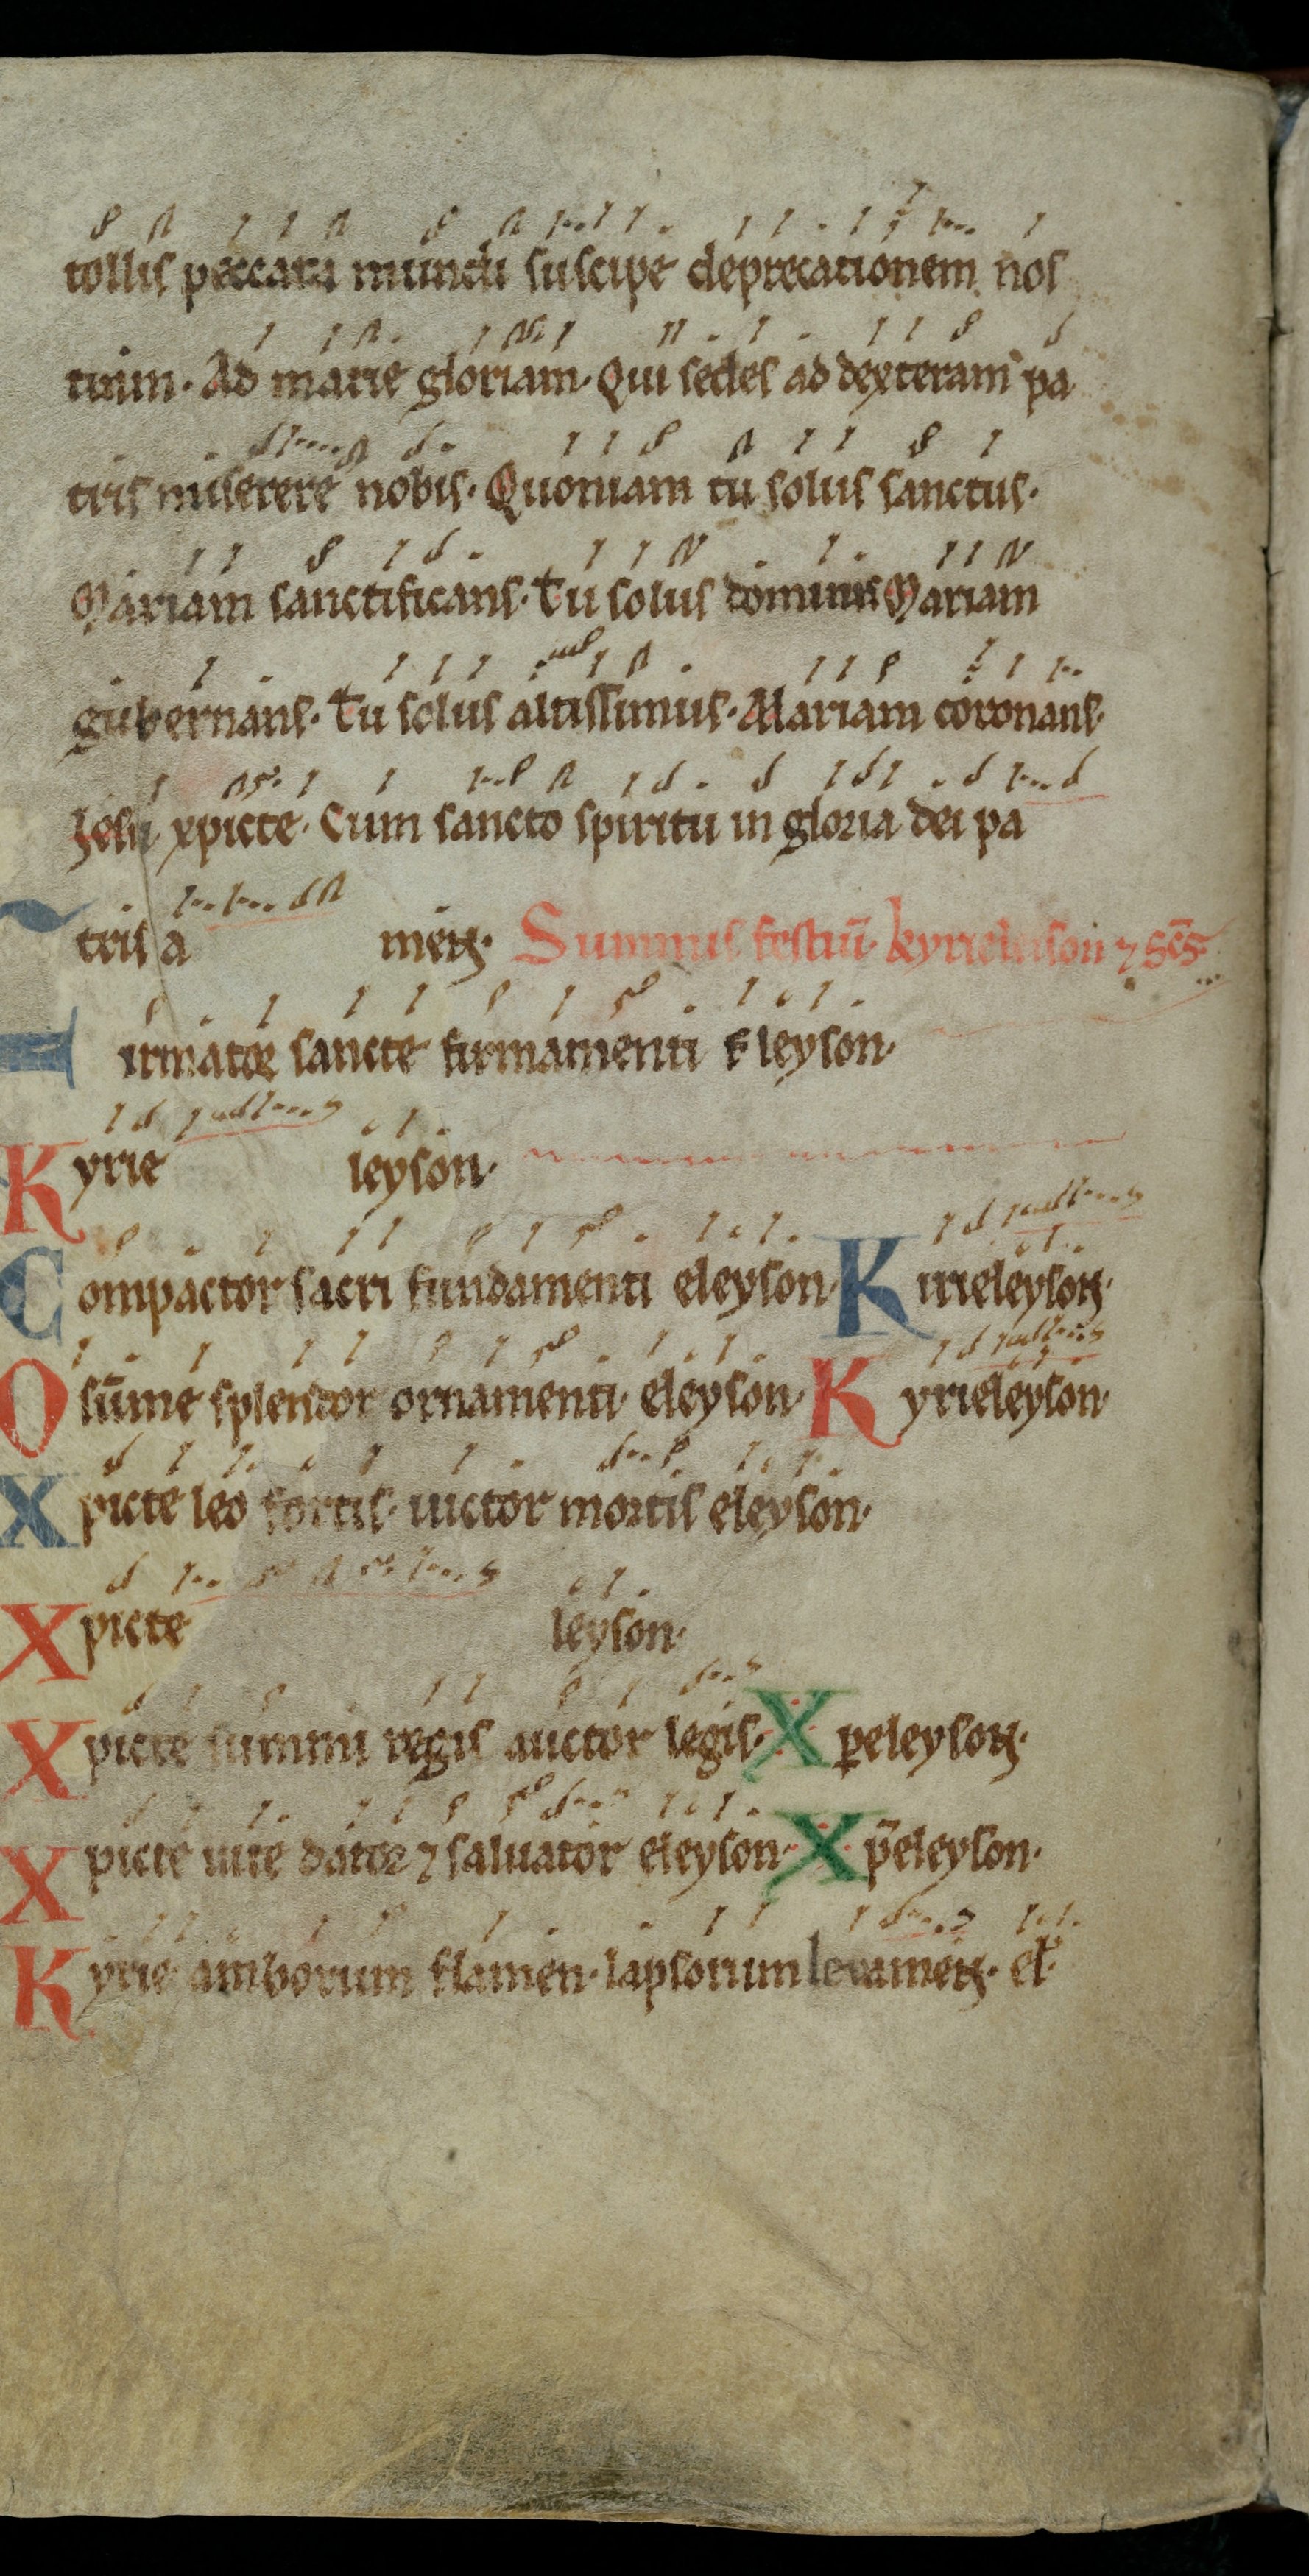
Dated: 1000–1099